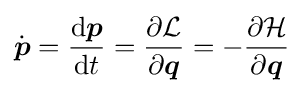
{\dot {\boldsymbol {p}}}={\frac {\mathrm {d} {\boldsymbol {p}}}{\mathrm {d} t}}={\frac {\partial {\mathcal {L}}}{\partial {\boldsymbol {q}}}}=-{\frac {\partial {\mathcal {H}}}{\partial {\boldsymbol {q}}}}